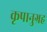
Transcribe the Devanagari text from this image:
कृपानुग्रह